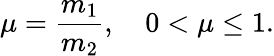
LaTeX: \mu=\frac{m_{1}}{m_{2}},\quad 0<\mu\leq 1.